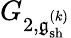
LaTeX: G_{2,\mathfrak{g}_{\mathrm{sh}}^{(k)}}